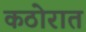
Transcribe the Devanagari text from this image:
कठोरात